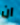
ان